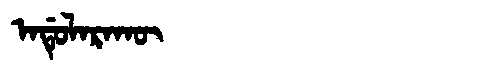
Manchu: ᠠᡩᡠᠯᠠᡵᠠᡴᡡ
Romanization: ADULARAKŪ